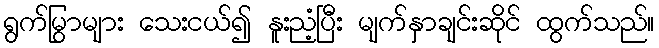
ရွက်မြွာများ သေးငယ်၍ နူးညံ့ပြီး မျက်နှာချင်းဆိုင် ထွက်သည်။